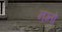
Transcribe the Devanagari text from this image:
नम्तो